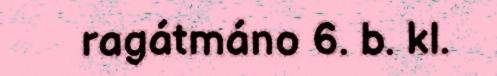
ragátmáno 6. b. kl.